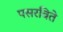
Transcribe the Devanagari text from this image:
पसरविते